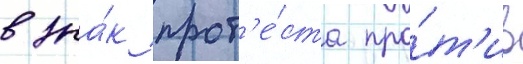
в зна́к прот'е́ста про́т'ив